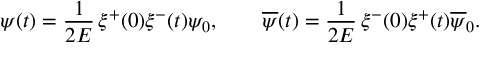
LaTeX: \psi ( t ) = \frac { 1 } { 2 E } \, \xi ^ { + } ( 0 ) \xi ^ { - } ( t ) \psi _ { 0 } , \qquad \overline { { { \psi } } } ( t ) = \frac { 1 } { 2 E } \, \xi ^ { - } ( 0 ) \xi ^ { + } ( t ) \overline { { { \psi } } } _ { 0 } .